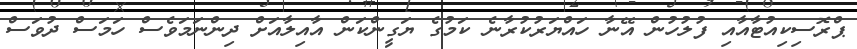
ޕްރޮސިކިއުޓާއާއި ފުލުހުން އޭނާ ހައްޔަރުކުރާނެ ކަމުގެ ޔަގީންކަން އާއިލާއަށް ދިންނަމަވެސް ހަމަސް ދުވަސް